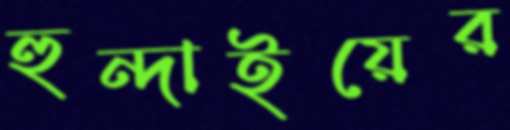
হুন্দাইয়ের